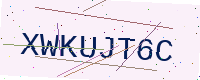
Text: XWKUJT6C